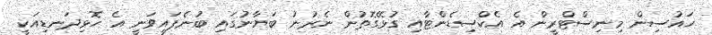
ހައުސިން މިނިސްޓްރީން އެ އެކްސިޑެންޓާއި ގުޅޭގޮތުން ނެރުނު ބަޔާނުގައި ބުނެފައިވަނީ އެ ހޮޅިދަނޑިއަކީ